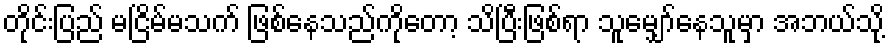
တိုင်းပြည် မငြိမ်မသက် ဖြစ်နေသည်ကိုတော့ သိပြီးဖြစ်ရာ သူမျှော်နေသူမှာ အဘယ်သို့